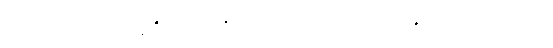
တဘက်ဖြင့် ကျွန်ုပ်မျက်နှာတစ်ဝက်ကို စည်း ထားလိုက်သည်။